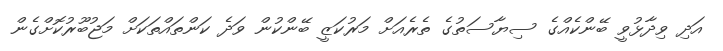
އަދި ވިދާޅުވީ ބޭންކެއްގެ ސިޔާސަތުގެ ތެރެއަށް މަރުކަޒީ ބޭންކުން ވަދެ ކަންތައްތަކަށް މަޖުބޫރުކޮށްގެން